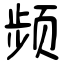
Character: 频